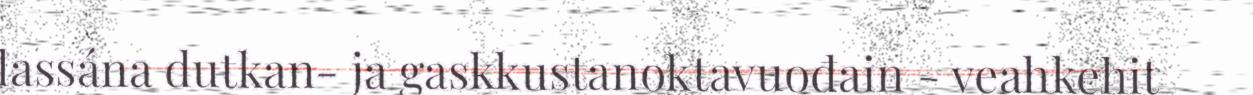
lassána dutkan- ja gaskkustanoktavuođain - veahkehit